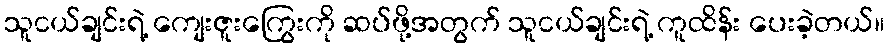
သူငယ်ချင်းရဲ့ ကျေးဇူးကြွေးကို ဆပ်ဖို့အတွက် သူငယ်ချင်းရဲ့ ကူထိန်း ပေးခဲ့တယ်။